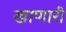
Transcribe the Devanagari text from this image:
खाणारी